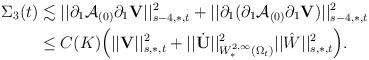
LaTeX: \begin{align*}\Sigma_3(t)&\lesssim||\partial_1\mathcal{A}_{(0)}\partial_1{\mathbf V}||^2_{s-4,\ast,t}+||\partial_1(\partial_1\mathcal{A}_{(0)}\partial_1{\mathbf V})||^2_{s-4,\ast,t}\\&\leq C(K)\Big(||{\mathbf V}||^2_{s,\ast,t}+||\dot{{\mathbf U}}||^2_{W^{2,\infty}_{\ast}(\Omega_t)}||\hat{W}||^2_{s,\ast,t}\Big).\end{align*}